Report on the cultivation and use of ganja
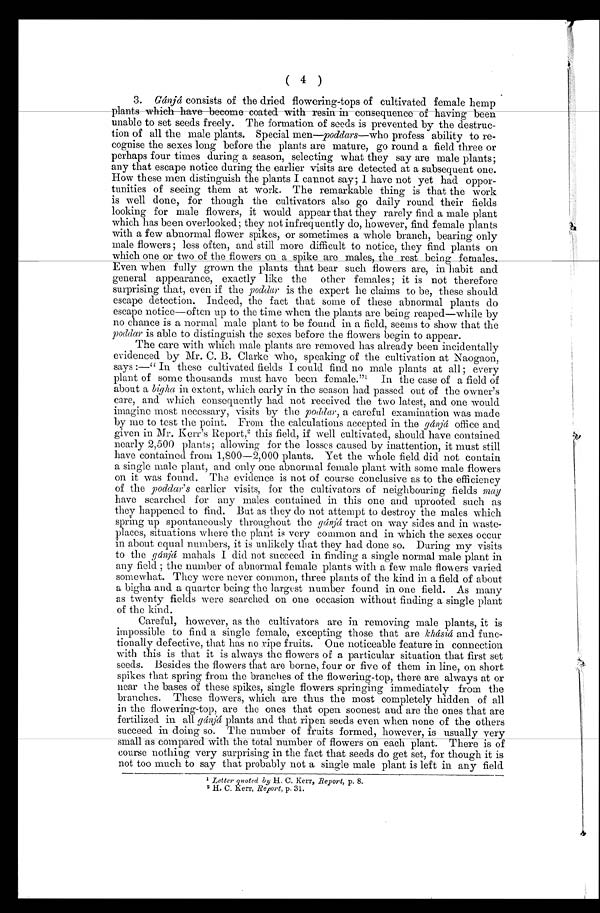
( 4 )
3. Gánjá consists of the dried flowering-tops of cultivated female hemp
plants which have become coated with resin in consequence of having been
unable to set seeds freely. The formation of seeds is prevented by the destruc-
tion of all the male plants. Special men—poddars—who profess ability to re-
cognise the sexes long before the plants are mature, go round a field three or
perhaps four times during a season, selecting what they say are male plants;
any that escape notice during the earlier visits are detected at a subsequent one.
How these men distinguish the plants I cannot say; I have not yet had oppor-
tunities of seeing them at work. The remarkable thing is that the work
is well done, for though the cultivators also go daily round their fields
looking for male flowers, it would appear that they rarely find a male plant
which has been overlooked; they not infrequently do, however, find female plants
with a few abnormal flower spikes, or sometimes a whole branch, bearing only
male flowers ; less often, and still more difficult to notice, they find plants on
which one or two of the flowers on a spike are males, the rest being females.
Even when fully grown the plants that bear such flowers are, in habit and
general appearance, exactly like the other females ; it is not therefore
surprising that, even if the poddar is the expert he claims to be, these should
escape detection. Indeed, the fact that some of these abnormal plants do
escape notice—often up to the time when the plants are being reaped—while by
no chance is a normal male plant to be found in a field, seems to show that the
poddar is able to distinguish the sexes before the flowers begin to appear.
The care with which male plants are removed has already been incidentally
evidenced by Mr. C. B. Clarke who, speaking of the cultivation at Naogaon,
says :—" In these cultivated fields I could find no male plants at all ; every
plant of some thousands must have been female." 1 I n t h e c a s e o f a f i e l d o f
about a bigha in extent, which early in the season had passed out of the owner's
care, and which consequently had not received the two latest, and one would
imagine most necessary, visits by the poddar, a. careful examination was made
by me to test the point. From the calculations accepted in the gánjá office and
given in Mr. Kerr's Report, 2 t h i s f i e l d , i f w e l l c u l t i v a t e d , s h o u l d h a v e c o n t a i n e d
nearly 2,500 plants; allowing for the losses caused by inattention, it must still
have contained from 1,800—2,000 plants. Yet the whole field did not contain
a single male plant, and only one abnormal female plant with some male flowers
on it was found. The evidence is not of course conclusive as to the efficiency
of the poddar' s earlier visits, for the cultivators of neighbouring fields may
have searched for any males contained in this one and uprooted such as
they happened to find. But as they do not attempt to destroy the males which
spring up spontaneously throughout the gánjá tract on way sides and in waste-
places, situations where the plant is very common and in which the sexes occur
in about equal numbers, it is unlikely that they had done so. During my visits
to the gánjá mahals I did not succeed in finding a single normal male plant in
any field ; the number of abnormal female plants with a few male flowers varied
somewhat. They were never common, three plants of the kind in a field of about
a bigha and a quarter being the largest number found in one field. As many
as twenty fields were searched on one occasion without finding a single plant
of the kind.
Careful, however, as the cultivators are in removing male plants, it is
impossible to find a single female, excepting those that are khásiá and func-
tionally defective, that has no ripe fruits. One noticeable feature in connection
with this is that it is always the flowers of a particular situation that first set
seeds. Besides the flowers that are borne, four or five of them in line, on short
spikes that spring from the branches of the flowering-top, there are always at or
near the bases of these spikes, single flowers springing immediately from the
branches. These flowers, which are thus the most completely hidden of all
in the flowering-top, are the ones that open soonest and are the ones that are
fertilized in all gánjá plants and that ripen seeds even when none of the others
succeed in doing so. The number of fruits formed, however, is usually very
small as compared with the total number of flowers on each plant. There is of
course nothing very surprising in the fact that seeds do get set, for though it is
not too much to say that probably not a single male plant is left in any field
1L
e t t e r q u o t e d b y
H . C . K e r r ,
R e p o r t ,
p . 8 .
2 H. C. Kerr, Report, p. 31.